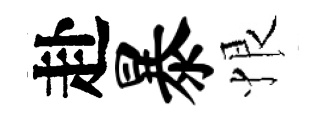
赴暴恨